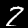
Digit: 2